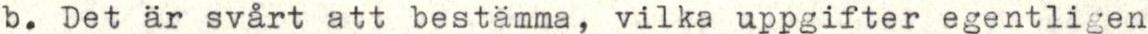
b. Det ar svårt att bestamma, vilka uppgifter egentligen